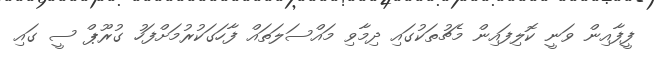
ފީފާއިން ވަނީ ކޮލިފައިން މެޗުތަކުގައި ދިމާވި މައްސަލަތައް ފާހަގަކުރުމަށްފަހު ގުރޫޕް ސީ ގައި